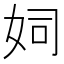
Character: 㚸